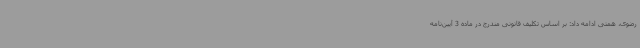
رضوی، همتی ادامه داد: بر اساس تکلیف قانونی مندرج در ماده 3 آیین‌نامه